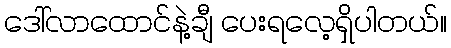
ဒေါ်လာထောင်နဲ့ချီ ပေးရလေ့ရှိပါတယ်။